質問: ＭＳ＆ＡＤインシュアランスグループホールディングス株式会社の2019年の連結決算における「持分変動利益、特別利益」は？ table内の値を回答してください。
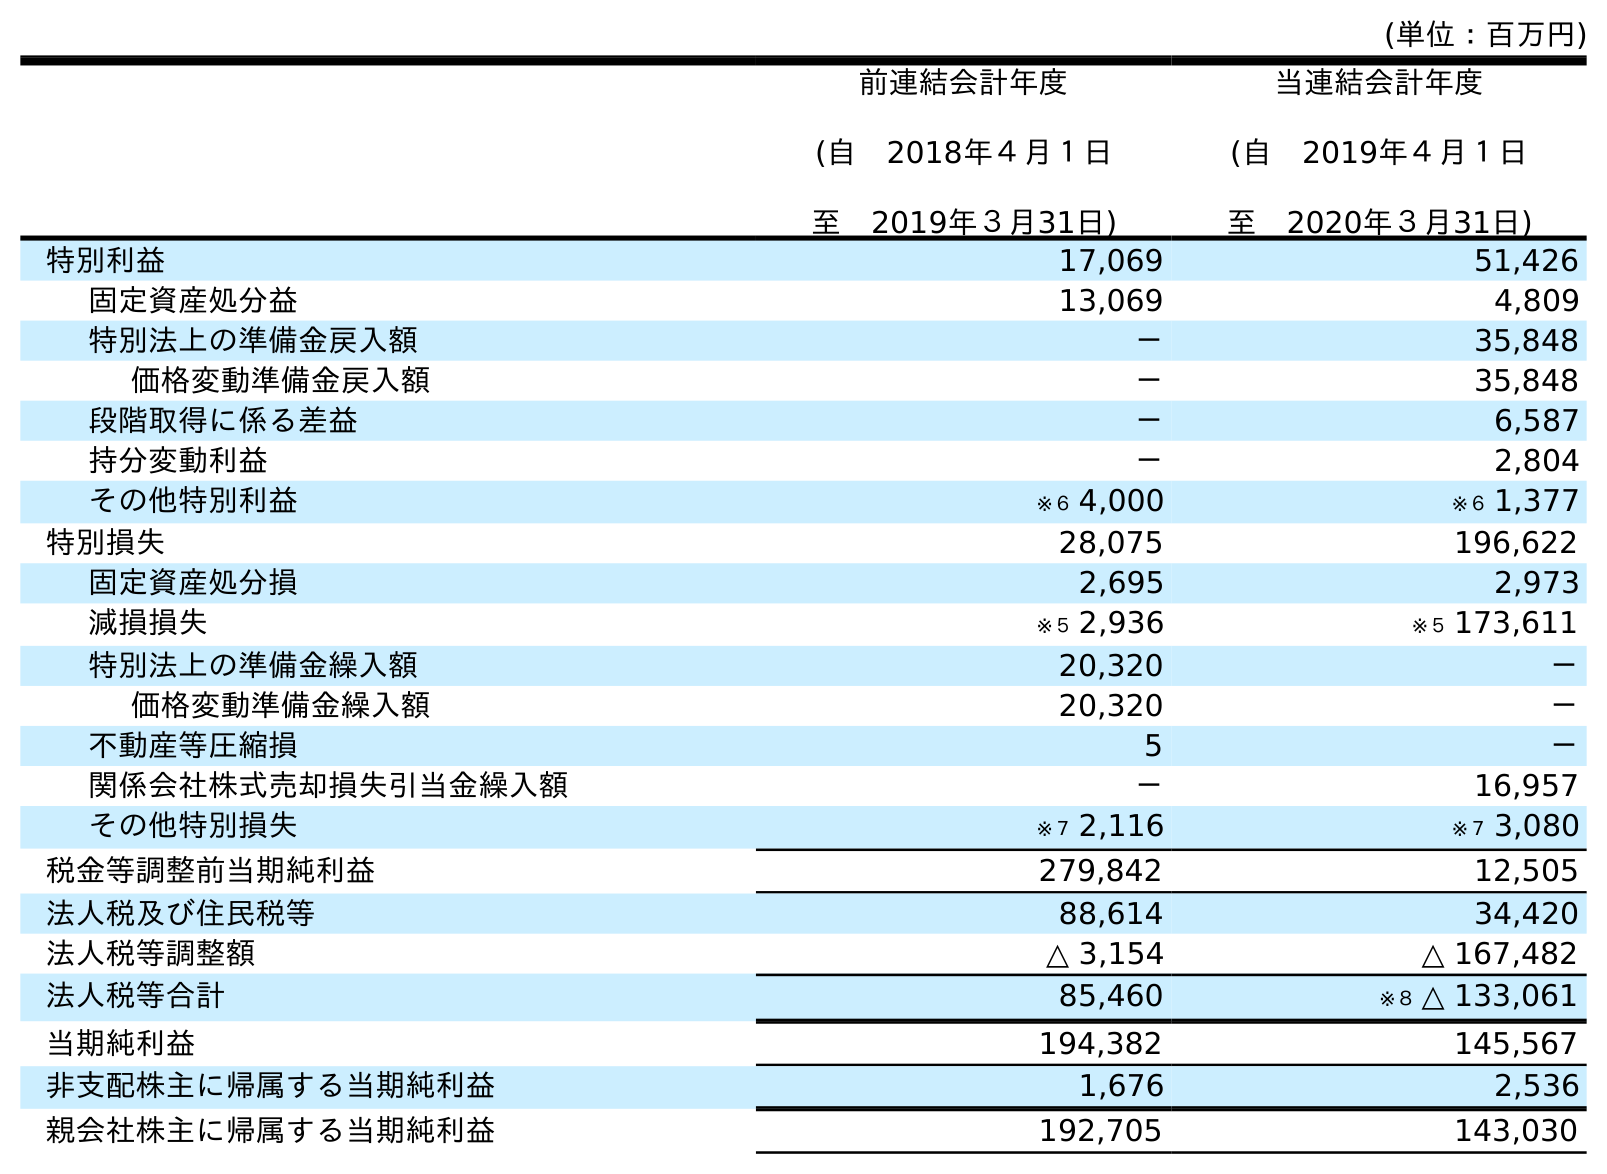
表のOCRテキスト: (単位：百万円) 前連結会計年度 (自 2018年４月１日 至 2019年３月31日) 当連結会計年度 (自 2019年４月１日 至 2020年３月31日) 特別利益 17,069 51,426 固定資産処分益 13,069 4,809 特別法上の準備金戻入額 － 35,848 価格変動準備金戻入額 － 35,848 段階取得に係る差益 － 6,587 持分変動利益 － 2,804 その他特別利益 ※６ 4,000 ※６ 1,377 特別損失 28,075 196,622 固定資産処分損 2,695 2,973 減損損失 ※５ 2,936 ※５ 173,611 特別法上の準備金繰入額 20,320 － 価格変動準備金繰入額 20,320 － 不動産等圧縮損 5 － 関係会社株式売却損失引当金繰入額 － 16,957 その他特別損失 ※７ 2,116 ※７ 3,080 税金等調整前当期純利益 279,842 12,505 法人税及び住民税等 88,614 34,420 法人税等調整額 △ 3,154 △ 167,482 法人税等合計 85,460 ※８ △ 133,061 当期純利益 194,382 145,567 非支配株主に帰属する当期純利益 1,676 2,536 親会社株主に帰属する当期純利益 192,705 143,030
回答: －